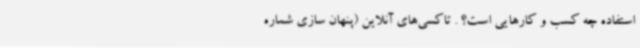
استفاده چه کسب و کارهایی است؟ . تاکسی‌های آنلاین (پنهان سازی شماره